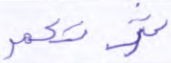
كثرتكم